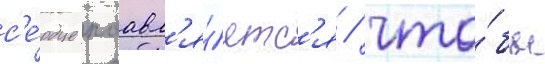
с'е́рдце поавл'я́етс'я / что́бы